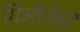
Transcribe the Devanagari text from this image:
गिओजेडो